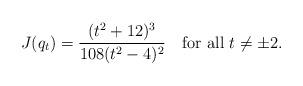
LaTeX: \begin{align*}J(q_t)=\frac{(t^2+12)^3}{108(t^2-4)^2}\quad\hbox{for all $t\ne \pm 2$.}\end{align*}